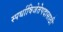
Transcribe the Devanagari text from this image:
स्पर्धाविजेतेपदासाठी